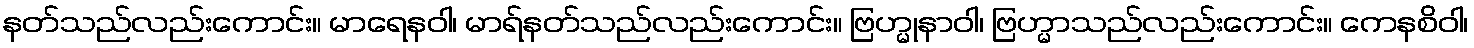
နတ်သည်လည်းကောင်း။ မာရေနဝါ၊ မာရ်နတ်သည်လည်းကောင်း။ ဗြဟ္မုနာဝါ၊ ဗြဟ္မာသည်လည်းကောင်း။ ကေနစိဝါ၊